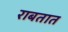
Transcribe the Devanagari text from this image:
राबतात